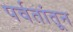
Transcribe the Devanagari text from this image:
पर्वतांतून